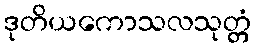
ဒုတိယကောသလသုတ္တံ